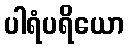
ပါရံပရိယော